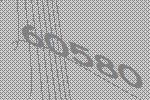
60580